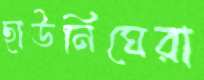
ছাউনিঘেরা